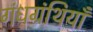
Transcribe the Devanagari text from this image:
गंधग्रंथियाँ